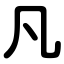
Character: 凡